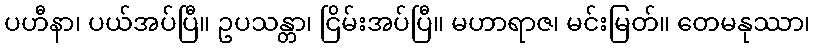
ပဟီနာ၊ ပယ်အပ်ပြီ။ ဥပသန္တာ၊ ငြိမ်းအပ်ပြီ။ မဟာရာဇ၊ မင်းမြတ်။ တေမနုဿာ၊